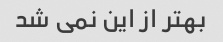
بهتر از این نمی شد